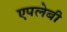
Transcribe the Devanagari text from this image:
एपलेबी